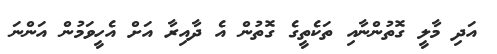
އަދި މާލީ ގޮތުންނާއި ތަކެތީގެ ގޮތުން އެ ދާއިރާ އަށް އެހީވަމުން އަންނަ